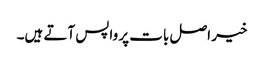
خیر اصل بات پر واپس آتے ہیں۔